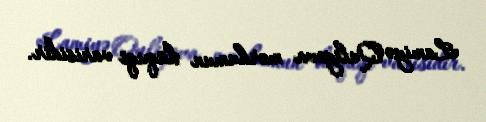
Lamiyə Quliyeva mərhumun hüquqi varisidir.